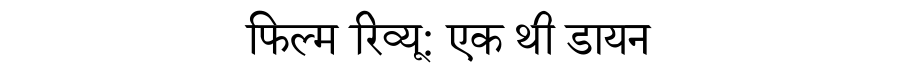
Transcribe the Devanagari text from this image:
फिल्म रिव्यू: एक थी डायन